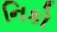
નિકો